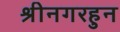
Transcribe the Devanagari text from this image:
श्रीनगरहुन